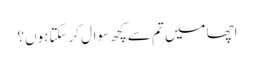
اچھا میں تم سے کچھ سوال کرسکتا ہوں؟